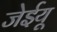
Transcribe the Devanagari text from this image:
जेईयू